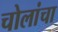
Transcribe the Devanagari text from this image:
चोलांचा